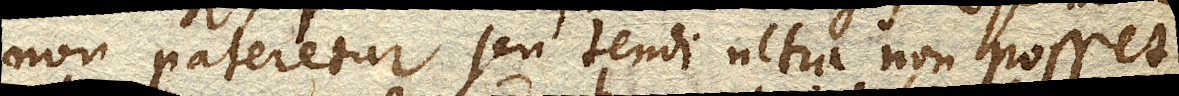
non pateretur seu tendi ultra non posset,